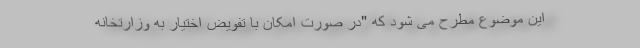
این موضوع مطرح می شود که "در صورت امکان با تفویض اختیار به وزارتخانه